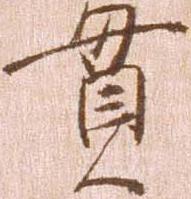
貫